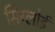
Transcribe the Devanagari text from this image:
सिग्लोई